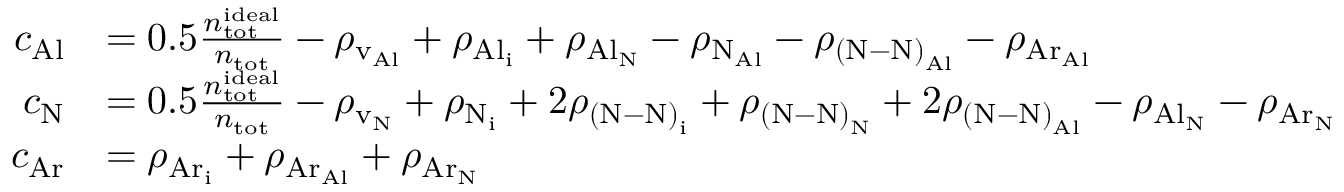
\begin{array} { r l } { c _ { \mathrm { A l } } } & { = 0 . 5 \frac { n _ { \mathrm { t o t } } ^ { \mathrm { i d e a l } } } { n _ { \mathrm { t o t } } } - \rho _ { \mathrm { v _ { A l } } } + \rho _ { \mathrm { { A l } _ { i } } } + \rho _ { \mathrm { { A l } _ { N } } } - \rho _ { \mathrm { { N } _ { A l } } } - \rho _ { \mathrm { { ( N \mathrm { - } N ) } _ { A l } } } - \rho _ { \mathrm { { A r } _ { A l } } } } \\ { c _ { \mathrm { N } } } & { = 0 . 5 \frac { n _ { \mathrm { t o t } } ^ { \mathrm { i d e a l } } } { n _ { \mathrm { t o t } } } - \rho _ { \mathrm { v _ { N } } } + \rho _ { \mathrm { N _ { i } } } + 2 \rho _ { \mathrm { { ( N \mathrm { - } N ) } _ { i } } } + \rho _ { \mathrm { { ( N \mathrm { - } N ) } _ { N } } } + 2 \rho _ { \mathrm { { ( N \mathrm { - } N ) } _ { A l } } } - \rho _ { \mathrm { { A l } _ { N } } } - \rho _ { \mathrm { { A r } _ { N } } } } \\ { c _ { \mathrm { A r } } } & { = \rho _ { \mathrm { { A r } _ { i } } } + \rho _ { \mathrm { { A r } _ { A l } } } + \rho _ { \mathrm { { A r } _ { N } } } } \end{array}